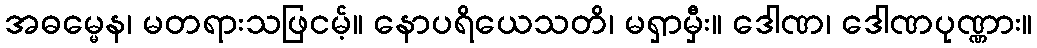
အဓမ္မေန၊ မတရားသဖြငမ့်။ နောပရိယေသတိ၊ မရှာမှီး။ ဒေါဏ၊ ဒေါဏပုဏ္ဏား။